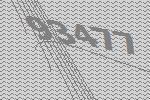
93477